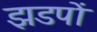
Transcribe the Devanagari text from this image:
झडपों